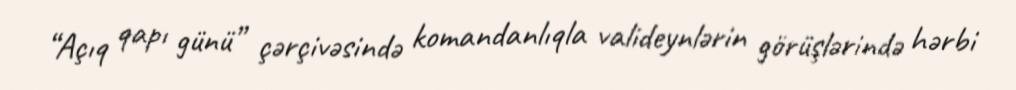
“Açıq qapı günü” çərçivəsində komandanlıqla valideynlərin görüşlərində hərbi